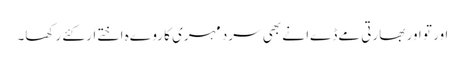
اور تو اور بھارتی مےڈےا نے بھی سرد مہری کا روےہ اختےار کئے رکھا۔